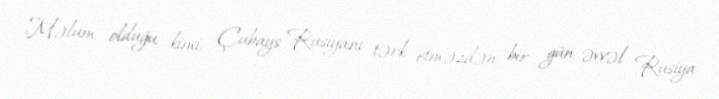
Məlum olduğu kimi, Çubays Rusiyanı tərk etməzdən bir gün əvvəl Rusiya